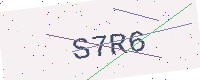
Text: S7R6